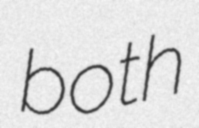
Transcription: both